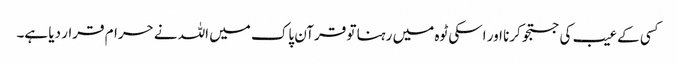
کسی کے عیب کی جستجو کرنا اور اسکی ٹوہ میں رہنا تو قرآن پاک میں اللہ نے حرام قرار دیا ہے۔